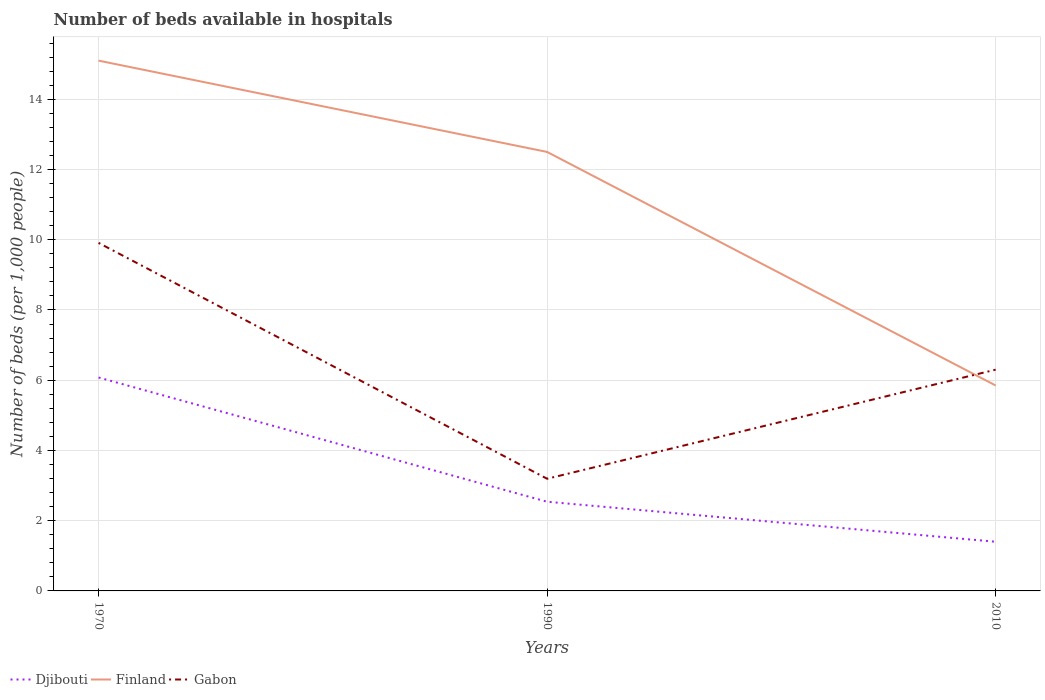
| Years | Djibouti | Finland | Gabon |
 | --- | --- | --- | --- |
 | 1970 | 6.08 | 15.1 | 9.91 |
 | 1990 | 2.54 | 12.5 | 3.19 |
 | 2010 | 1.4 | 5.85 | 6.3 |